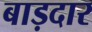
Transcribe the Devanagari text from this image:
बाड़दार